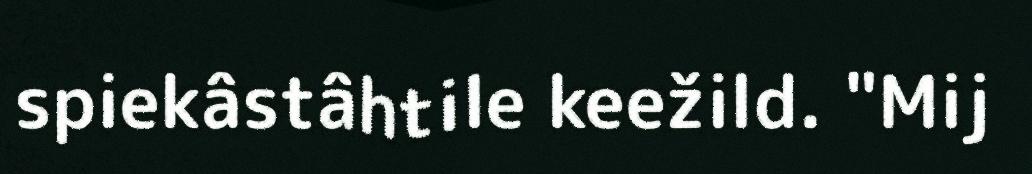
spiekâstâhtile keežild. "Mij